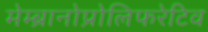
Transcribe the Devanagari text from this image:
मेम्ब्रानोप्रोलिफरेटिव